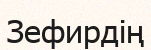
Зефирдің